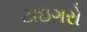
ટાઇગરો